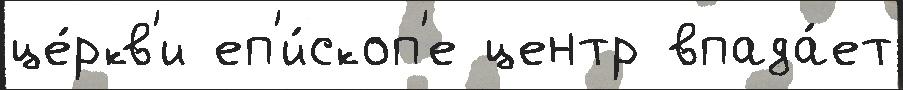
це́ркв'и еп'и́скоп'е центр впада́ет